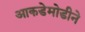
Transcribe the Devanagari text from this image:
आकडेमोडीने